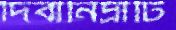
দিবানিদ্রাটি